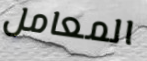
المعامل